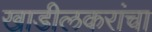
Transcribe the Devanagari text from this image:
खाडीलकरांचा